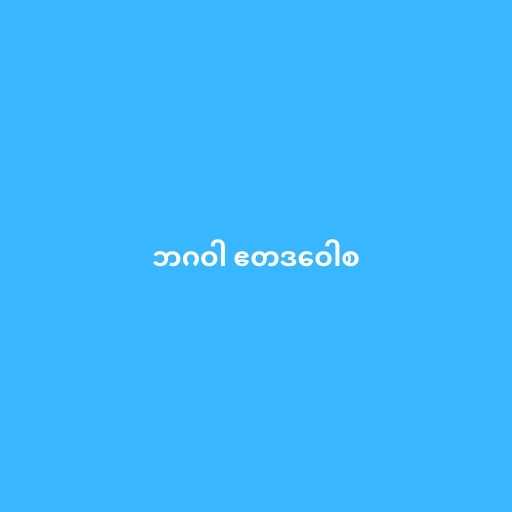
ဘဂဝါ ဧတဒဝေါစ